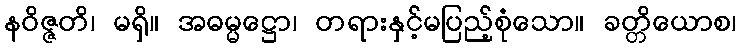
နဝိဇ္ဇတိ၊ မရှိ။ အဓမ္မဋ္ဌော၊ တရားနှင့်မပြည့်စုံသော။ ခတ္တိယောစ၊